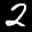
Label: 2